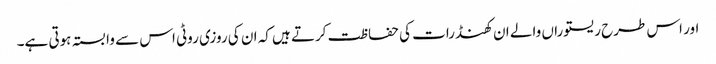
اور اس طرح ریستوراں والے ان کھنڈرات کی حفاظت کرتے ہیں کہ ان کی روزی روٹی اس سے وابستہ ہوتی ہے۔